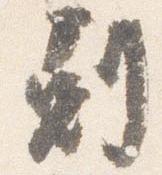
剋